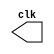
// ------------------------- 
// Guia09 - exe 01 
// Nome: Lorena Danielle Gonalves Bento 
// ------------------------- 

//------
//--Assncrono  decrescente
//------

module clock ( clk ); 
	output clk; 
	reg clk; 
	initial begin 
	clk = 1'b0; 
end 

always begin 
	#12 clk = ~clk; 
end 

endmodule 



module fliplopT (s, not01, fpt, clk, preset,  clear); 
	output s, not01;
	input fpt, clk, preset, clear;
	reg s, not01; 
	always @( posedge clk ) 
	begin 
		if ( ~clear ) 
	begin 
		s <= 0; not01 <= ~s; 
	end 
		else 
			if ( ~preset ) 
	begin 
			s <= 1; not01 <= ~s; 
	end 
	
	else 
	begin 
		if ( fpt ) 
		begin 
		s <= ~s; not01 <= ~s; 
		end 
	end 
	end 
	endmodule // fliplopT 
	



module assincrono (output [4:0]s, input fpt, input clk, input preset, input clear);
wire not02;

	fliplopT f1 (s[0], not02, fpt, s[1], preset, clear);
	fliplopT f2 (s[1], not02, fpt, s[2], preset, clear);
	fliplopT f3 (s[2], not02, fpt, s[3], preset, clear);
	fliplopT f4 (s[3], not02, fpt, s[4], preset, clear);
	fliplopT f5 (s[4], not02, fpt, clk, preset, clear);

endmodule



module test_ex;
reg clear, fpt, preset;
	wire clk;
	wire [4:0] s;
	
	clock clk01 (clk);
	assincrono assc (s, fpt, clk, preset, clear);
	initial begin
		#1 clear = 1; fpt = 0; preset = 1;
		
		$display("Exercicio01 - Lorena Danielle Gonalves Bento - 435049");
		$monitor("%1b   %5b %1b  %1b   %1b", clk, s, fpt, clear, preset);
		
		#20 clear = 1; preset = 0;
		#20 preset = 1;
		#400 $finish;
	end

endmodule